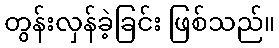
တွန်းလှန်ခဲ့ခြင်း ဖြစ်သည်။